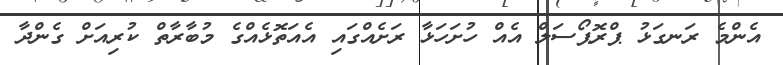
އެންމެ ރަނގަޅު ޕްރޮޕޯސަލް އެއް ހުށަހަޅާ ރަށެއްގައި އެެއަތޮޅެއްގެ މުބާރާތް ކުރިއަށް ގެންދާ